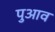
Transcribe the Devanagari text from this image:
पुआव